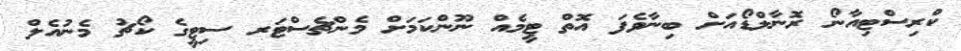
ކްރިސްޓިއާނޯ ރޮނާލްޑޯއަށް ބިނާވެފަ އޮތް ޓީމެއް ނޫންކަމަށް މެންޗެސްޓަރ ސިޓީގެ ކޯޗު މެނުއެލް